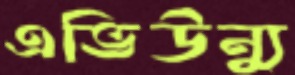
এভিউন্যু